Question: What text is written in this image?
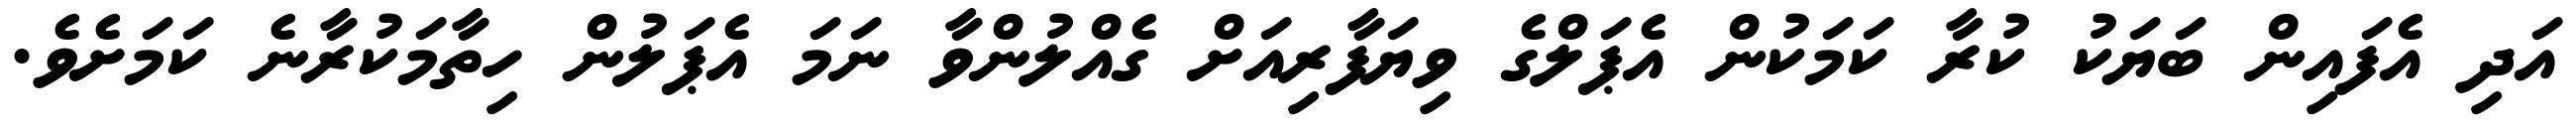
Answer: އަދި އެފައިން ބަޔަކު ކުރާ ކަމަކުން އެޕަލްގެ ވިޔަފާރިއަށް ގެއްލުންވާ ނަމަ އެޕަލުން ހިތާމަކުރާނެ ކަމަށެވެ.